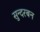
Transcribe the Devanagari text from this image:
सुन्दरबन